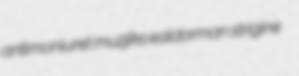
antimoniuret muzjiks ealdorman strigine